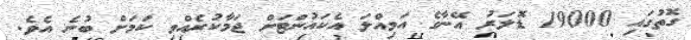
ގޮތުގައި 19000 ޑޮލަރު އޭނާގެ އަމިއްލަ އެކައުންޓަށް ޖަމާކުރެއްވި ކަމަށް ބުނެ އެވެ.